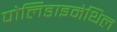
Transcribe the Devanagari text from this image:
पोलिडाइमेथिल